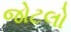
જોટલો